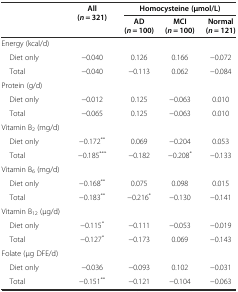
| <ROWSPAN=2>  | <ROWSPAN=2> All (n = 321) | <COLSPAN=3> Homocysteine (μmol/L) |
 | AD (n = 100) | MCI (n = 100) | Normal (n = 121) |
 | --- | --- | --- | --- | --- |
 | Energy (kcal/d) |  |  |  |  |
 | Diet only | −0.040 | 0.126 | 0.166 | −0.072 |
 | Total | −0.040 | −0.113 | 0.062 | −0.084 |
 | Protein (g/d) |  |  |  |  |
 | Diet only | −0.012 | 0.125 | −0.063 | 0.010 |
 | Total | −0.065 | 0.125 | −0.063 | 0.010 |
 | Vitamin B2 (mg/d) |  |  |  |  |
 | Diet only | −0.172** | 0.069 | −0.204 | 0.053 |
 | Total | −0.185*** | −0.182 | −0.208* | −0.133 |
 | Vitamin B6 (mg/d) |  |  |  |  |
 | Diet only | −0.168** | 0.075 | 0.098 | 0.015 |
 | Total | −0.183** | −0.216* | −0.130 | −0.141 |
 | Vitamin B12 (μg/d) |  |  |  |  |
 | Diet only | −0.115* | −0.111 | −0.053 | −0.019 |
 | Total | −0.127* | −0.173 | 0.069 | −0.143 |
 | Folate (μg DFE/d) |  |  |  |  |
 | Diet only | −0.036 | −0.093 | 0.102 | −0.031 |
 | Total | −0.151** | −0.121 | −0.104 | −0.063 |